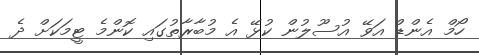
ހޯމް އެންޑް އަވޭ އުސޫލުން ކުޅޭ އެ މުބާރާތުގައި ކޮންމެ ޓީމަކަށް ދެ